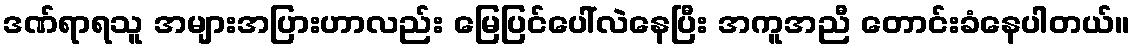
ဒဏ်ရာရသူ အများအပြားဟာလည်း မြေပြင်ပေါ်လဲနေပြီး အကူအညီ တောင်းခံနေပါတယ်။